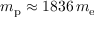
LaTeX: m _ { \mathrm { p } } \approx 1 8 3 6 \, m _ { \mathrm { e } }